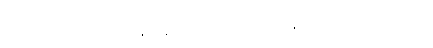
သိပ်အာရုံမစိုက်ဟု သိရှိနိုင်ရန်ဖြစ်သည် မြေမြုပ်မိုင်းနင်းမိ၍ စစ်မှုထမ်းသူများ